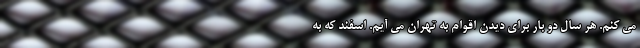
می کنم. هر سال دو بار برای دیدن اقوام به تهران می آیم. اسفند که به